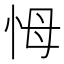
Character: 𢘃